Regulations for the medical services of the Army of India
Year: 1930
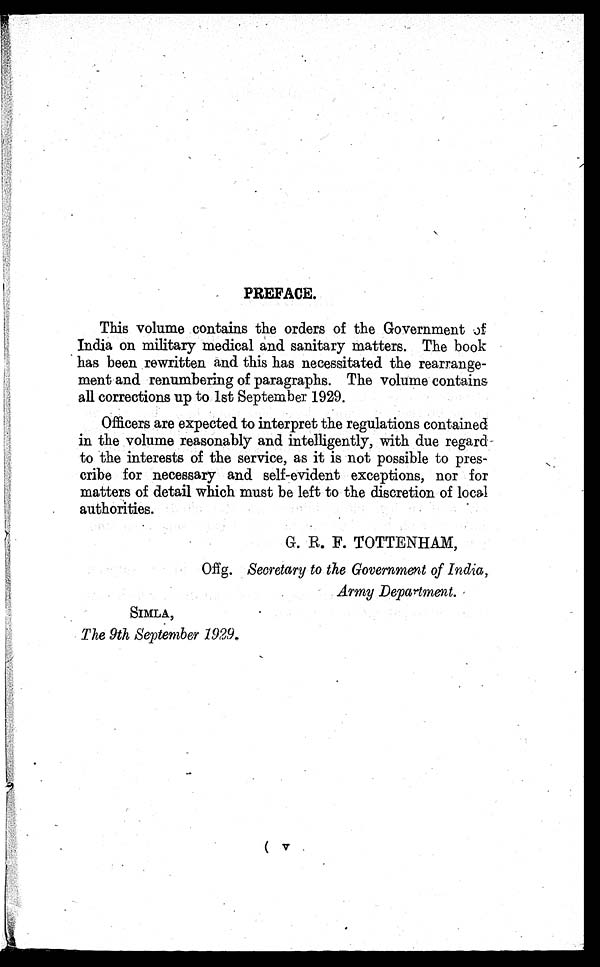
PREFACE.
This volume contains the orders of the Government of
India on military medical and sanitary matters. The book
has been rewritten and this has necessitated the rearrange
-ment and renumbering of paragraphs. The volume contains
all corrections up to 1st September 1929.
Officers are expected to interpret the regulations contained
in the volume reasonably and intelligently, with due regard
to the interests of the service, as it is not possible to pres-
-cribe for necessary and self-evident exceptions, nor for
matters of detail which must be left to the discretion of local
authorities.
G. R. F. TOTTENHAM,
Offg. Secretary to the Government of India,
Army Department.
SIMLA,
The 9th September 1929.